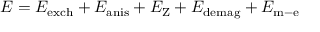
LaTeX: E = E _ { \mathrm { e x c h } } + E _ { \mathrm { a n i s } } + E _ { \mathrm { Z } } + E _ { \mathrm { d e m a g } } + E _ { \mathrm { m - e } }